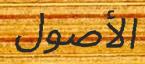
الأصول